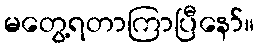
မတွေ့ရတာကြာပြီနော်။